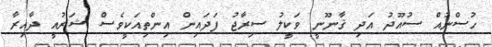
ހުސްނުއް ސުއޫދު އަދި ޤާނޫނީ ވަކީލު ސިރާޖު ފަދައިިން އިންތިއަކީވެސް ޝަރުއީ ދާއިރާ